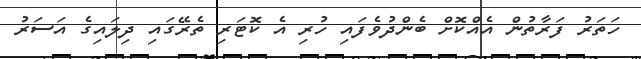
ހަތަރު ފަރާތުން އެއްކޮށް ބެންދުވެފައި ހުރި އެ ކޮޓަރި ތެރޭގައި ދިލައިގެ އަސަރު